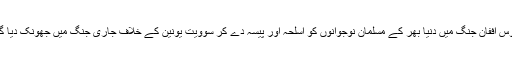
روس اففان جنگ میں دنیا بھر کے مسلمان نوجوانوں کو اسلحہ اور پیسہ دے کر سوویت یونین کے خلاف جاری جنگ میں جھونک دیا گیا۔